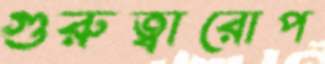
গুরুত্বারোপ